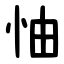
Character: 怞